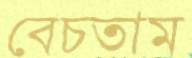
বেচতাম